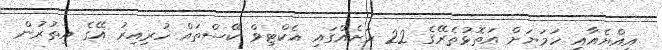
އިއްޔެއާއި ހަމަޔަށް އަތޮޅުތެރޭގެ 22 ރަށެއްގައި އެކްޓިވް ކޭސްތައް ހުރިއިރު އޭގެ އިތުރުން